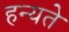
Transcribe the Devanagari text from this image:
हन्यते